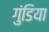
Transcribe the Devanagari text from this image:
गुंडिया